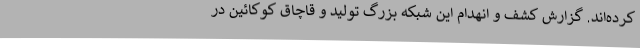
کرده‌اند. گزارش کشف و انهدام این شبکه بزرگ تولید و قاچاق کوکائین در